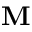
\bf { M }